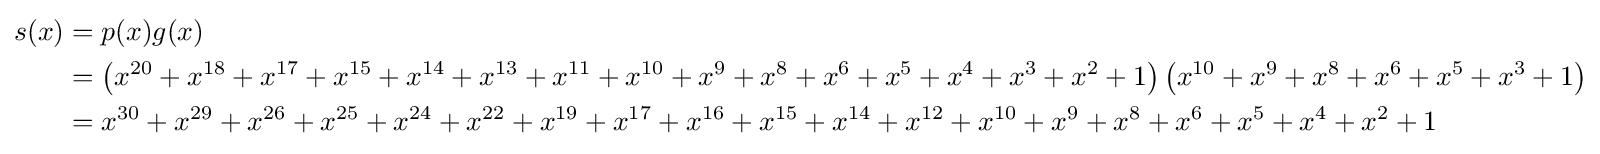
{\begin{aligned}s(x)&=p(x)g(x)\\&=\left(x^{20}+x^{18}+x^{17}+x^{15}+x^{14}+x^{13}+x^{11}+x^{10}+x^{9}+x^{8}+x^{6}+x^{5}+x^{4}+x^{3}+x^{2}+1\right)\left(x^{10}+x^{9}+x^{8}+x^{6}+x^{5}+x^{3}+1\right)\\&=x^{30}+x^{29}+x^{26}+x^{25}+x^{24}+x^{22}+x^{19}+x^{17}+x^{16}+x^{15}+x^{14}+x^{12}+x^{10}+x^{9}+x^{8}+x^{6}+x^{5}+x^{4}+x^{2}+1\end{aligned}}